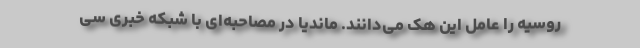
روسیه را عامل این هک می‌دانند. ماندیا در مصاحبه‌ای با شبکه خبری سی